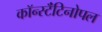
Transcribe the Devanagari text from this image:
कॉन्स्टॅंटिनोपल